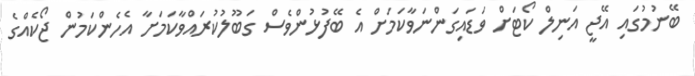
ބޭނުމުގައި އޭޖީ އަނިލް ކޯޓަށް ވަޑައިގަންނަވާކަމަށް އެ ބޭފުޅުންވެސް ގަބޫލުކުރައްވާކަމަށާ އެހެންކަމުން ޖޯކެއްގެ